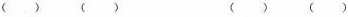
( ) ( ) ( ) ( )